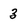
Character: 3